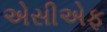
એસીએફ